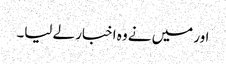
اور میں نے وہ اخبار لے لیا۔